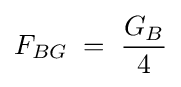
F_{BG}\;=\;{\frac {G_{B}}{4}}